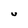
Character: U